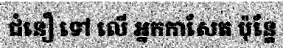
ជំនឿ ទៅ លើ អ្នកកាសែត ប៉ុន្តែ